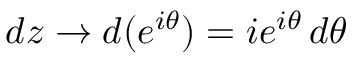
d z \to d ( e ^ { i \theta } ) = i e ^ { i \theta } \, d \theta